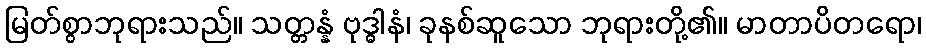
မြတ်စွာဘုရားသည်။ သတ္တန္နံ ဗုဒ္ဓါနံ၊ ခုနစ်ဆူသော ဘုရားတို့၏။ မာတာပိတရော၊